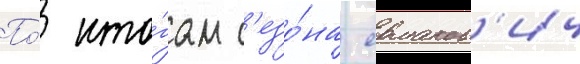
По́ ито́гам с'езо́на ермаков'ич